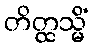
တိတ္ထသ္မိံ